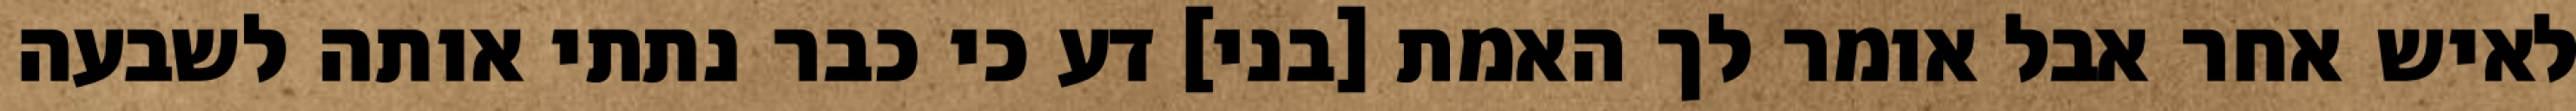
לאיש אחר אבל אומר לך האמת [בני] דע כי כבר נתתי אותה לשבעה